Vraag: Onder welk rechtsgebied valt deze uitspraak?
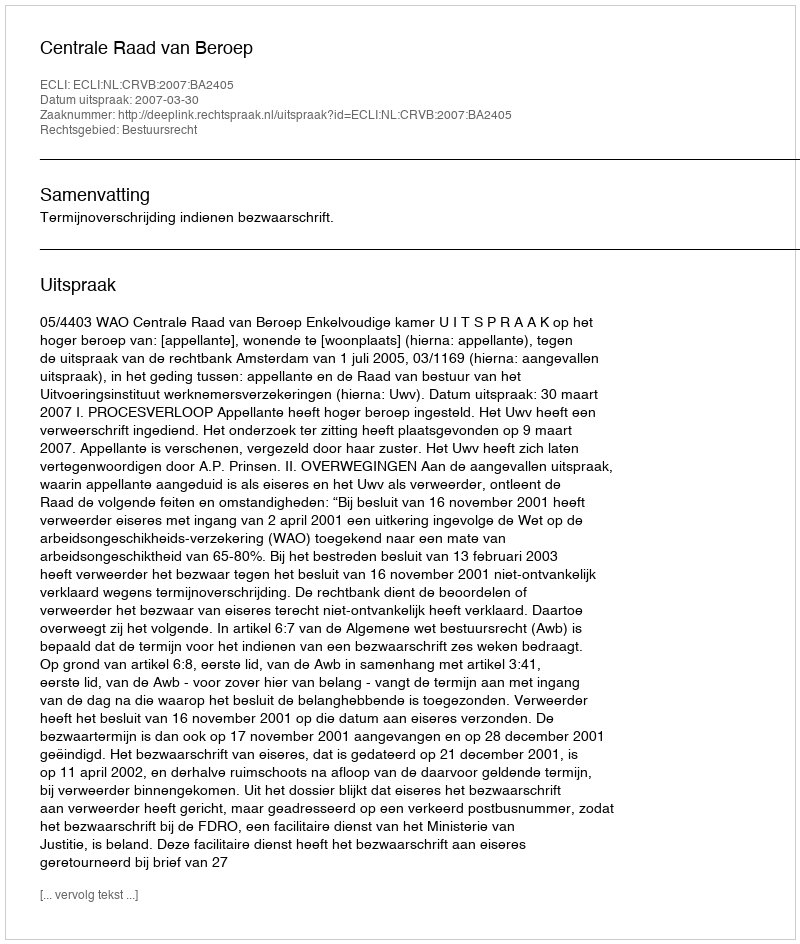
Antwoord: Bestuursrecht